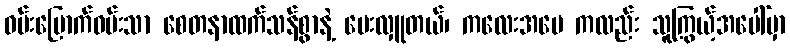
ဝမ်းမြောက်ဝမ်းသာ စေတနာထက်သန်စွာနဲ့ ပေးလှူတယ်၊ ကလေးအမေ ကလည်း သူကြွယ့်အပေါ်မှာ